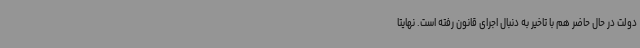
دولت در حال حاضر هم با تاخیر به دنبال اجرای قانون رفته است. نهایتا